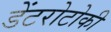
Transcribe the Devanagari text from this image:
डेंटरोटोकी